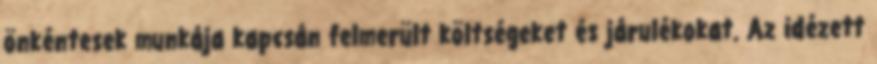
önkéntesek munkája kapcsán felmerült költségeket és járulékokat. Az idézett